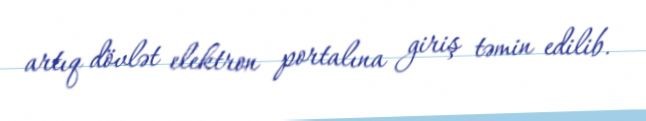
artıq dövlət elektron portalına giriş təmin edilib.